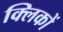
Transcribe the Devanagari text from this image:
क्लिकों